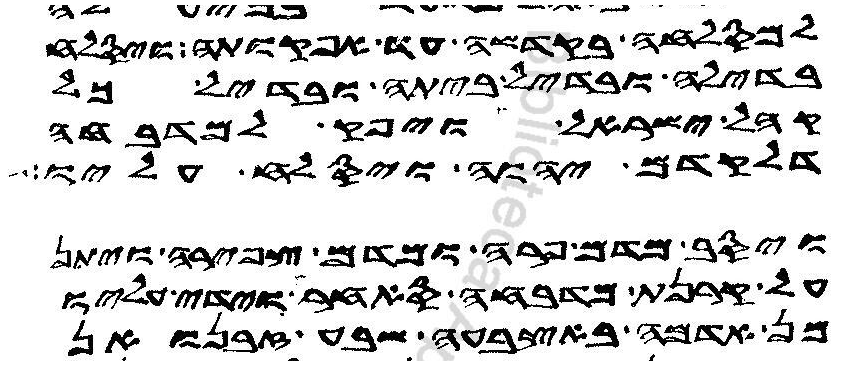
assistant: למסלחה בקדשה עד אפקותה ויסלח
בדילה ובדיל ביתה ובדיל כל
קהל ישראל ויפק למדבחה
דלקדם יהוה ויסלח עליו
ויסב מדם פרה ומדם צפירה ויתן
על קרנת מדבחה סאחר וידי עליו
מן אדמה באצבעה שבע זבנואן